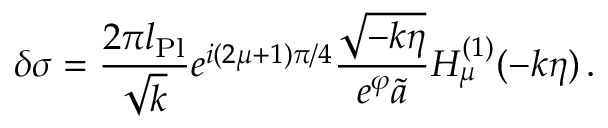
\delta \sigma = { \frac { 2 \pi l _ { \mathrm { P l } } } { \sqrt { k } } } e ^ { i ( 2 \mu + 1 ) \pi / 4 } { \frac { \sqrt { - k \eta } } { e ^ { \varphi } \tilde { a } } } H _ { \mu } ^ { ( 1 ) } ( - k \eta ) \, .